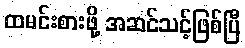
ထမင်းစားဖို့ အဆင်သင့်ဖြစ်ပြီ